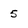
Character: 5